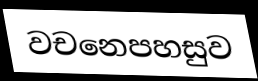
වචනෙපහසුව